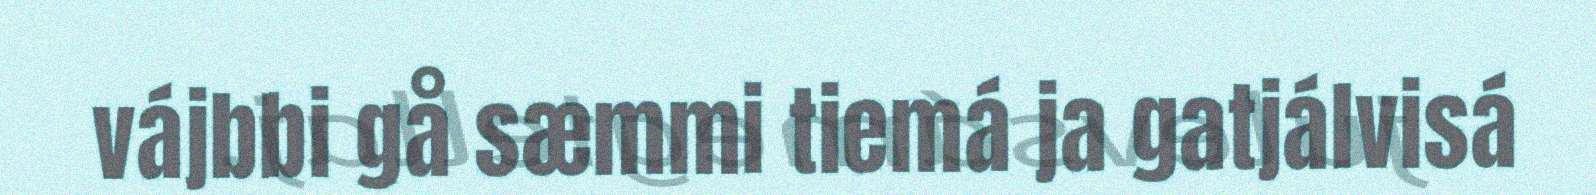
vájbbi gå sæmmi tiemá ja gatjálvisá